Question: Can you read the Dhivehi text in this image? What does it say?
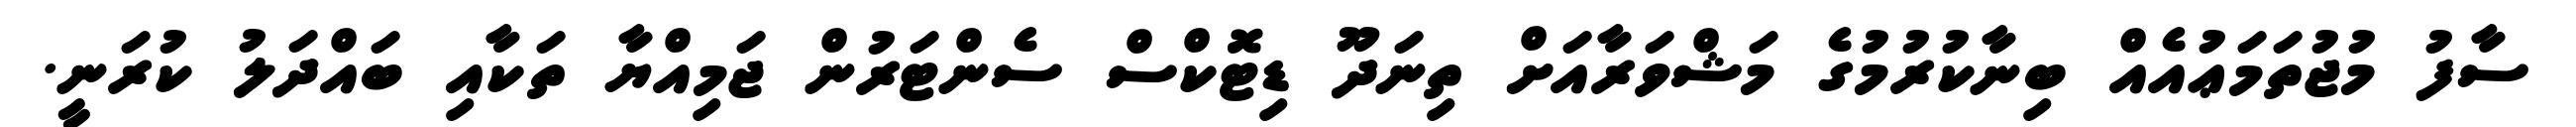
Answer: ސާފު މުޖުތަމަޢުއެއް ބިނާކުރުމުގެ މަޝްވަރާއަށް ތިނަދޫ ޑިޓޮކްސް ސެންޓަރުން ޖަމިއްޔާ ތަކާއި ބައްދަލު ކުރަނީ.